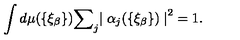
\int d \mu ( \{ { \xi } _ { \beta } \} ) { \sum } _ { j } { \mid { \alpha } _ { j } ( \{ { \xi } _ { \beta } \} ) \mid } ^ { 2 } = 1 .